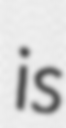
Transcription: is